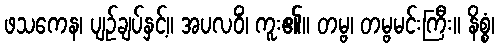
ဖသကေန၊ ပျဉ်ချပ်နှင့်။ အပလဝိံ၊ ကူး၏။ တမ္ဗ၊ တမ္ဗမင်းကြီး။ နိစ္စံ၊